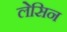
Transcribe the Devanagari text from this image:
लेसिन